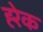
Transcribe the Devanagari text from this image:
ह्‍रेक